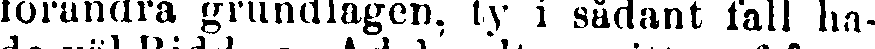
förändra grundlagen, ty i sådant fall ha-